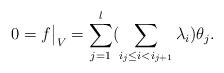
LaTeX: \begin{align*}0=f\big|_V=\sum_{j=1}^l(\sum_{i_j\leq i<i_{j+1}}\lambda_i)\theta_j.\end{align*}